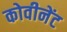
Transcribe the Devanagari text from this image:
कोवीनेंट